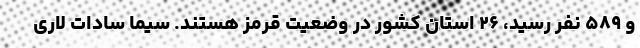
و ۵۸۹ نفر رسید، ۲۶ استان کشور در وضعیت قرمز هستند. سیما سادات لاری